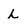
Character: L